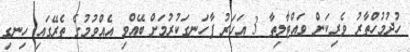
ހުދުމުހްތާރު ވެރިކަން ވައްޓާލިތާ 3 އަހަރު ފާހަނގަކުރުމަށް ބޭއްވި އެއްވުމުގެ ތެރޭގައި ހިނގި